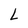
Character: L